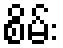
စိမ်း